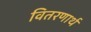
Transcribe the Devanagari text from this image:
वितरणार्थ